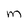
Character: M